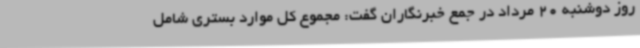
روز دوشنبه 20 مرداد در جمع خبرنگاران گفت: مجموع کل موارد بستری شامل